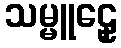
သမ္မူဠှေ